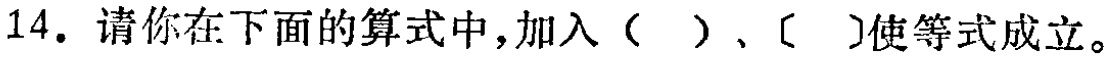
14. 请你在下面的算式中，加入（ ）、〔 〕使等式成立。